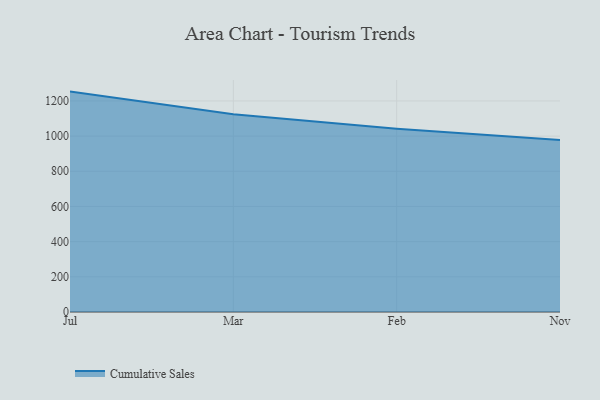
{"axis": {"x": "Month", "y": "Energy Usage (MWh)"}, "legend": ["Cumulative Sales"], "data": [{"x": "Jul", "y": 1253.1, "type": "Cumulative Sales"}, {"x": "Mar", "y": 1124.6, "type": "Cumulative Sales"}, {"x": "Feb", "y": 1041.8, "type": "Cumulative Sales"}, {"x": "Nov", "y": 977.9, "type": "Cumulative Sales"}]}